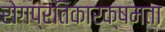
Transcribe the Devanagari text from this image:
रोगप्रतिकारक्षमता